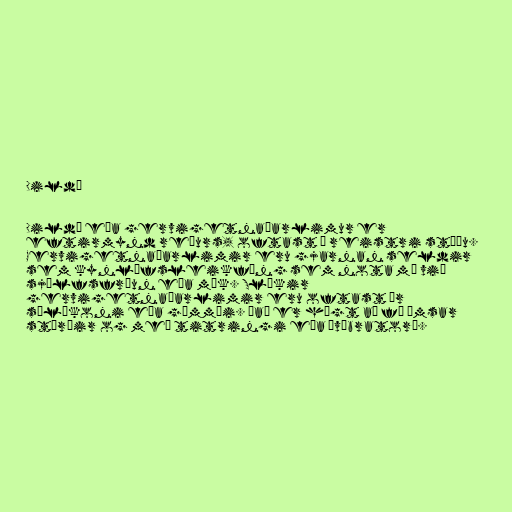
Dildó

Dildó eða gervigetnaðarlimur er
eftirmynd reðurs, oftast í reistri stöðu.
Gervigetnaðarlimir eru gjarnan seldir
sem kynlífsleikföng sem nota má við
sjálfsfróun eða mök. Slíkir
gervigetnaðarlimir eru oftast úr
sílíkoni eða gúmmíi. Það er hægt að fá ýmsar
stærðir og með titringi eða „víbrator“.